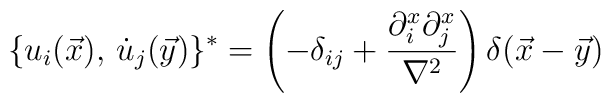
\{u_i(\vec x),\, \dot u_j(\vec y)\}^* = \left( -\delta_{ij} + {\partial_i^x\partial_j^x\over{\nabla^2}}\right)\delta(\vec x - \vec y)